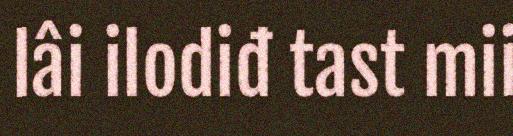
lâi ilodiđ tast mii